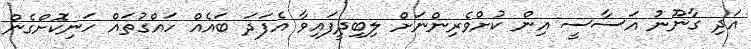
އަދި ގާނޫނު އަސާސީ އިން ކުށްވެރިންނަށް ލިބިދީފައިވާ އެފަދަ ބައެއް ހައްގުތައް ހަނިކޮށްގެން